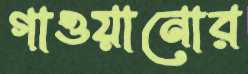
গাওয়ানোর